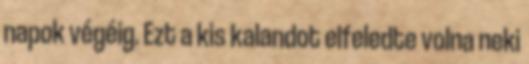
napok végéig. Ezt a kis kalandot elfeledte volna neki